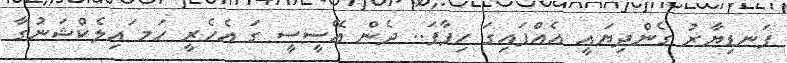
ފަނޑިޔާރު ގެންދިޔައީ އެއްފައިގަ ހިފާފަ.. ދެން އޭސީސީ ގަ އެހެރީ ހަމ ައިލެކްޝަނުގާ